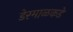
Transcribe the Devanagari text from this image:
डेरमाळकडे